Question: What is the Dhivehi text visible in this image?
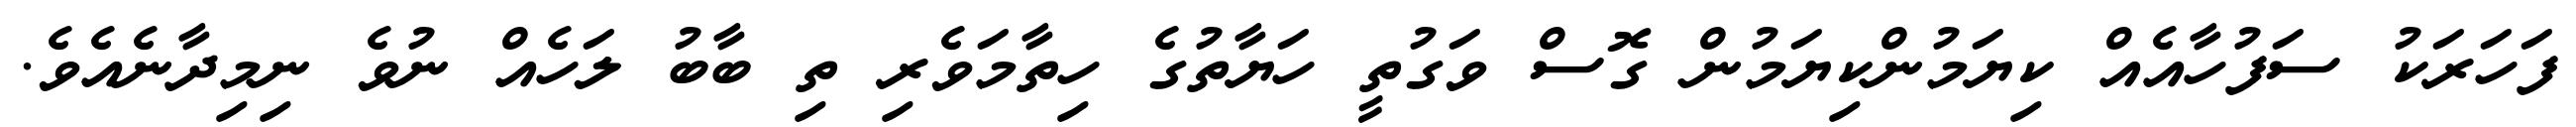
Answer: ފަހަރަކު ސަފުހާއެއް ކިޔަމުންކިޔަމުން ގޮސް ވަގުތީ ހަޔާތުގެ ހިތާމަވެރި ތި ބާބު ލަހެއް ނުވެ ނިމިދާނެއެވެ.